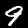
Label: 9